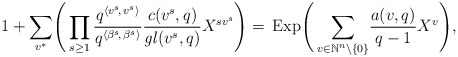
\begin{align*}1 + \sum_{v^*} \!\Bigg(\prod_{s\ge 1} \frac{q^{\langle v^s\!,\,v^s\rangle}} {q^{\langle \beta^s\!,\, \beta^s \rangle}} \frac{c(v^s, q)}{\mathit{gl}(v^s, q)} X^{sv^s}\Bigg) = \,\mathrm{Exp}\Bigg(\sum_{v\in\mathbb{N}^n\backslash\{0\}}\! \frac{a(v,q)} {q-1}X^v\Bigg),\end{align*}